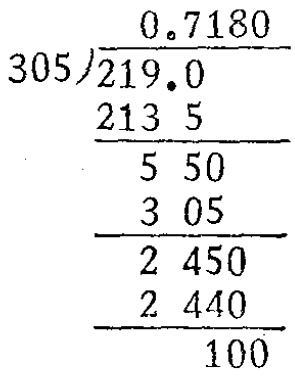
\[
\begin{array}{r}
0.7180 \\
305\enclose{longdiv}{219.0} \\
\underline{213\ 5} \\
5\ 50 \\
\underline{3\ 05} \\
2\ 450 \\
\underline{2\ 440} \\
100
\end{array}
\]